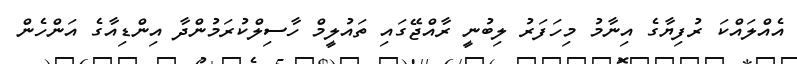
އެއްލައްކަ ރުފިޔާގެ އިނާމު މިހަފަރު ލިބުނީ ރާއްޖޭގައި ތައުލީމް ހާސިލްކުރަމުންދާ އިންޑިއާގެ އަންހެން